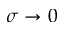
\sigma \rightarrow 0